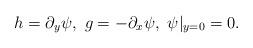
LaTeX: \begin{align*}h=\partial_y \psi,\ g=-\partial_x \psi,\ \psi|_{y=0}=0.\end{align*}